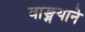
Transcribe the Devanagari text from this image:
वाङ्मयाने